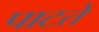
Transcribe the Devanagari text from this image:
पाटते